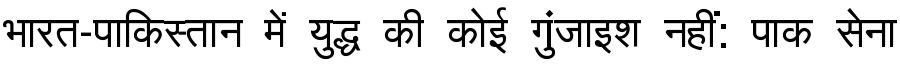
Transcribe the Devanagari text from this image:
भारत-पाकिस्तान में युद्ध की कोई गुंजाइश नहीं: पाक सेना